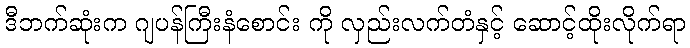
ဒီဘက်ဆုံးက ဂျပန်ကြီးနံစောင်း ကို လှည်းလက်တံနှင့် ဆောင့်ထိုးလိုက်ရာ